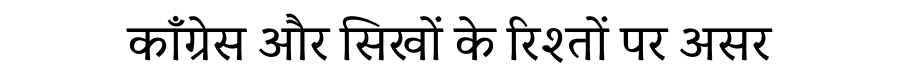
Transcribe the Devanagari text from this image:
काँग्रेस और सिखों के रिश्तों पर असर